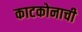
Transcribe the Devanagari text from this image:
काटकोनाची